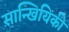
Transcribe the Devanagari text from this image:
सान्खियिकी